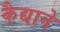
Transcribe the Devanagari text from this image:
कैद्याने